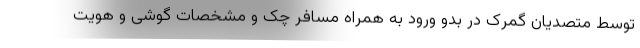
توسط متصدیان گمرک در بدو ورود به همراه مسافر چک و مشخصات گوشی و هویت